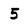
Character: 5